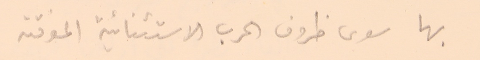
بها سوى ظروف الحرب الاستثنائية المؤقته